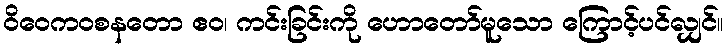
ဝိဝေကဝစနတော ဧဝ၊ ကင်းခြင်းကို ဟောတော်မူသော ကြောင့်ပင်လျှင်။